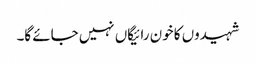
شہیدوں کا خون رائیگاں نہیں جائے گا۔